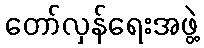
တော်လှန်ရေးအဖွဲ့